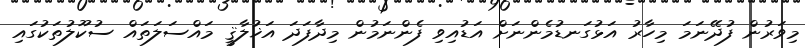
މިވަރުން ފުދޭނަމަ މިހާރު އަޅުގަނޑުމެންނަށް އަޑުއިވި ފެންނަމުން މިދާފަދަ އަޚުލާޤީ މައްސަލަތައް ސުކޫލުތަކުގައި